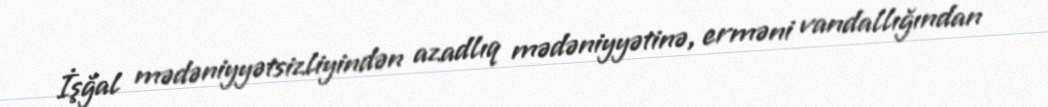
İşğal mədəniyyətsizliyindən azadlıq mədəniyyətinə, erməni vandallığından